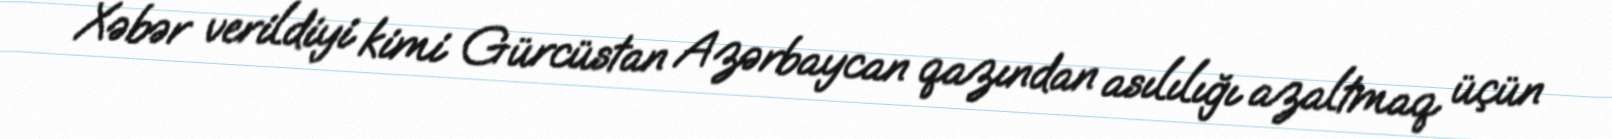
Xəbər verildiyi kimi Gürcüstan Azərbaycan qazından asılılığı azaltmaq üçün